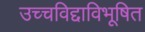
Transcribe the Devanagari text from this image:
उच्चविद्दाविभूषित